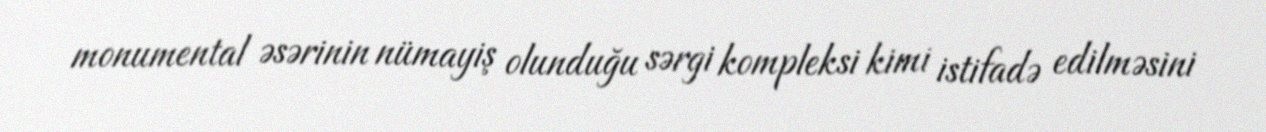
monumental əsərinin nümayiş olunduğu sərgi kompleksi kimi istifadə edilməsini